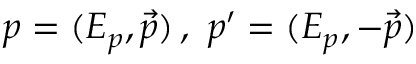
p = ( E _ { p } , \vec { p } ) \, , \, \, p ^ { \prime } = ( E _ { p } , - \vec { p } )